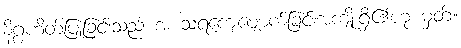
နိဂ္ဂဟိတ်ပြုခြင်းသည် အ သရကျေပျောက်ခြင်းအကျိုးရှိ၏ဟု မှတ်။